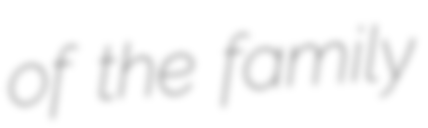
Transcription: of the family